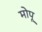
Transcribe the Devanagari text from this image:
मोपू